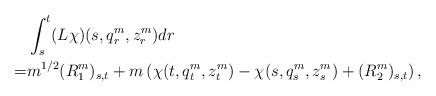
LaTeX: \begin{align*}&\int_s^t(L\chi)(s,q_r^m,z_r^m)dr\\=&m^{1/2} (R_1^m)_{s,t}+m\left(\chi(t,q_t^m,z_t^m)-\chi(s,q_s^m,z_s^m)+ (R^m_2)_{s,t}\right),\end{align*}